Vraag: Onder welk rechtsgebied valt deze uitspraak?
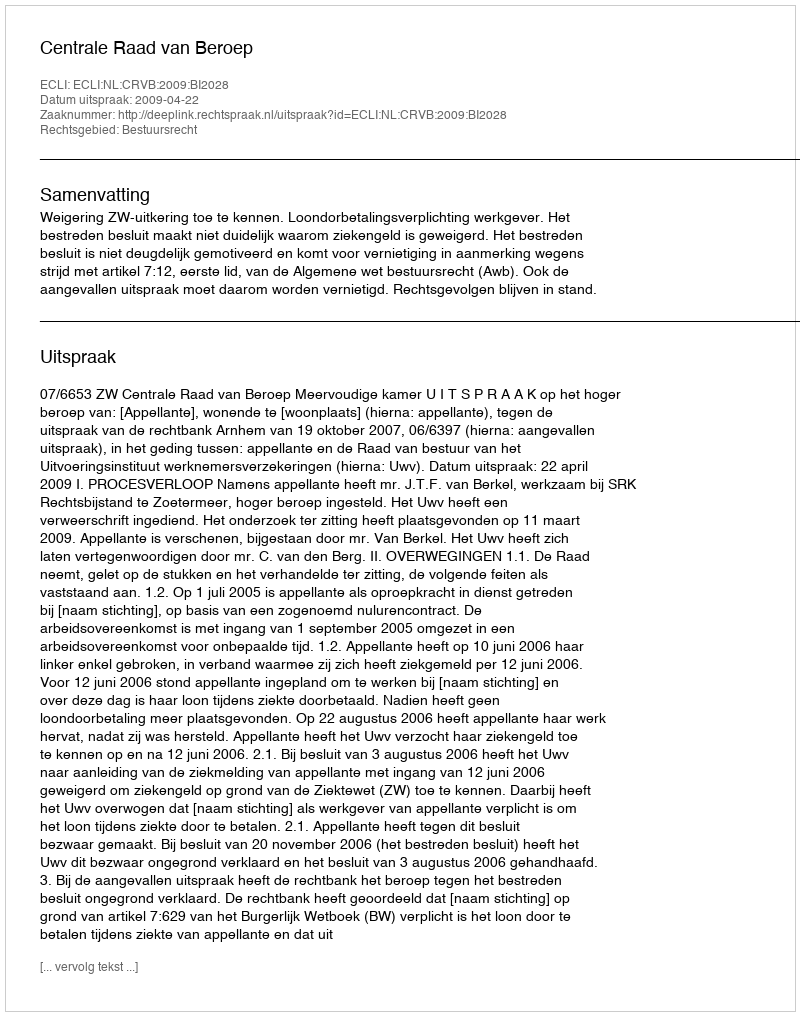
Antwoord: Bestuursrecht